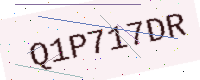
Text: Q1P717DR